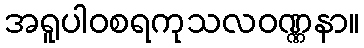
အရူပါဝစရကုသလဝဏ္ဏနာ။